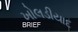
ખોલડીયાદ